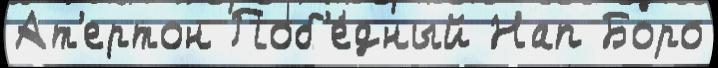
Ат'ертон Поб'е́дный Нап Боро